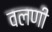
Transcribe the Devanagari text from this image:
वलणी